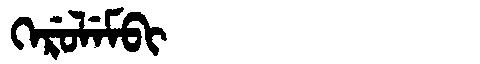
Manchu: ᡴᡝᡵᡠᠯᡝᠮᠪᡳ
Romanization: KERULEMBI